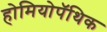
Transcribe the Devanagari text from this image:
होमियोपॅथिक